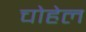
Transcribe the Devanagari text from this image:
चोहेल